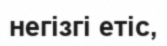
негізгі етіс,